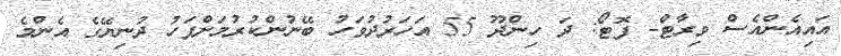
އައިއެންއެސް ވިރާޓް- ފޮޓޯ: ދަ ހިންދޫ 55 އަހަރުދުވަހު ބޭނުންކުރުމަށްފަހު ދުނިޔޭގެ އެންމެ